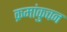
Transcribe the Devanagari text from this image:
क्रमांकुचन